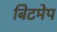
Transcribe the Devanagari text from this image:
बिटमेप